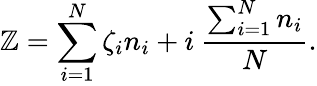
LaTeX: \mathbb{Z}=\sum_{i=1}^{N}\zeta_{i}n_{i}+i\: \frac{{\sum_{i=1}^{N}n_{i}}}{{N}}.